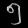
Digit: ၅